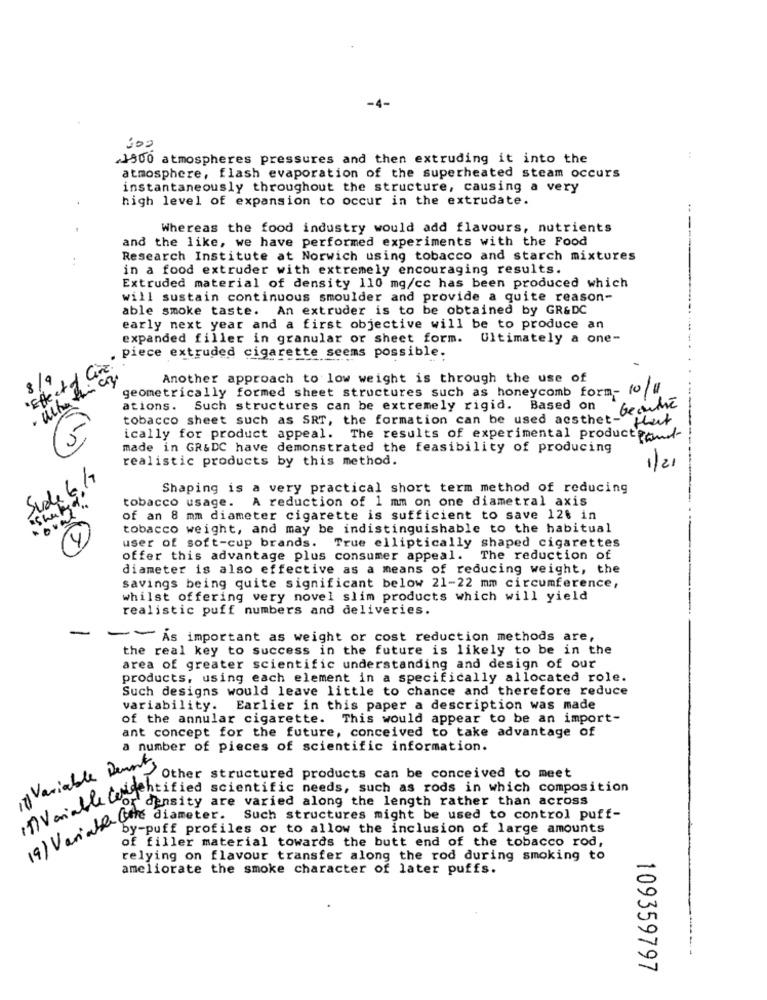
-4-
:00
1500 atmospheres pressures and then extruding it into the
:
atmosphere, flash evaporation of the superheated steam occurs
instantaneously throughout the structure, causing a very
high level of expansion to occur in the extrudate.
Whereas the food industry would add flavours, nutrients
and the like, we have performed experiments with the Food
..
Research Institute at Norwich using tobacco and starch mixtures
in a food extruder with extremely encouraging results.
Extruded material of density 110 mg/cc has been produced which
will sustain continuous smoulder and provide a quite reason-
able smoke taste. An extruder is to be obtained by GR&DC
early next year and a first objective will be to produce an
expanded filler in granular or sheet form. Ultimately a one-
piece extruded cigarette seems possible.
' Effect of Cine"
8/9
Another approach to low weight is through the use of
geometrically formed sheet structures such as honeycomb form- 10/1
ations. Such structures can be extremely rigid. Based on
beauté
tobacco sheet such as SRT, the formation can be used aesthet- fluit
ically for product appeal. The results of experimental productfand
made in GR&DC have demonstrated the feasibility of producing
realistic products by this method.
1/21
Sude 6.17
Shaping is a very practical short term method of reducing
" Shaped ..
tobacco usage. A reduction of 1 mm on one diametral axis
of an 8 mm diameter cigarette is sufficient to save 126 in
tobacco weight, and may be indistinguishable to the habitual
4
user of soft-cup brands. True elliptically shaped cigarettes
offer this advantage plus consumer appeal. The reduction of
diameter is also effective as a means of reducing weight, the
savings being quite significant below 21-22 mm circumference,
whilst offering very novel slim products which will yield
realistic puff numbers and deliveries.
-
As important as weight or cost reduction methods are,
the real key to success in the future is likely to be in the
area of greater scientific understanding and design of our
products, using each element in a specifically allocated role.
Such designs would leave little to chance and therefore reduce
variability. Earlier in this paper a description was made
of the annular cigarette. This would appear to be an import-
ant concept for the future, conceived to take advantage of
a number of pieces of scientific information.
it Variable Dements
Other structured products can be conceived to meet
IOville Cor chatted scientific needs, such as rods in which composition
'density are varied along the length rather than across
VAN by-puttmeter. Such structures might be used to control putt-
by-puff profiles or to allow the inclusion of large amounts
of filler material towards the butt end of the tobacco rod,
relying on flavour transfer along the rod during smoking to
ameliorate the smoke character of later puffs.
109359797